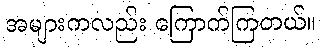
အများကလည်း ကြောက်ကြတယ်။